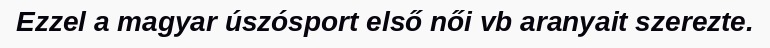
Ezzel a magyar úszósport első női vb aranyait szerezte.